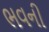
ભવની